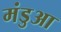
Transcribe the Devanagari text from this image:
मंडुआ